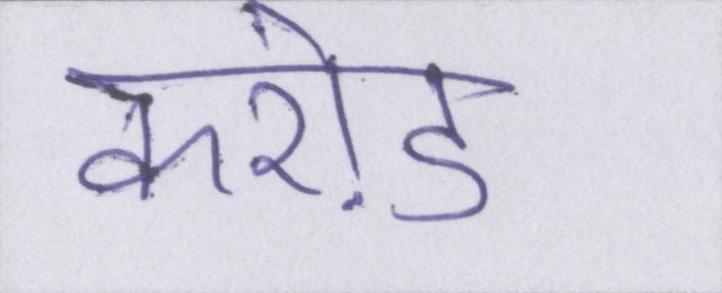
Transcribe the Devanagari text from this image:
करो़ड